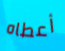
أعطاه